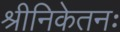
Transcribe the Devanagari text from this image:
श्रीनिकेतनः